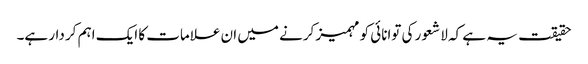
حقیقت یہ ہے کہ لا شعور کی توانائی کو مہمیز کرنے میں ان علامات کا ایک اہم کر دار ہے۔